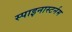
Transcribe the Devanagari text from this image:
स्पाइनास्टर्नम